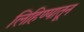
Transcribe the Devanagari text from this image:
लिहिण्यातून